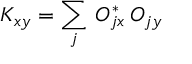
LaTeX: K _ { x y } = \sum _ { j } \, O _ { j x } ^ { * } \, O _ { j y }